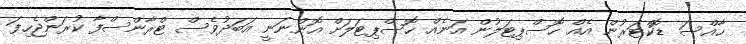
ހާއްސަ ޑޮކްޓަރުން އެއް ހޮސްޕިޓަލުން އަނެއް ހޮސްޕިޓަލަށް އޮންނަނީ އަބަދުވެސް ޓްރާންސްފާ ކުރަންޖެހިފަ